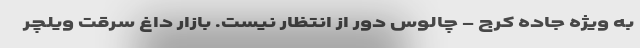
به ویژه جاده کرج - چالوس دور از انتظار نیست. بازار داغ سرقت ویلچر